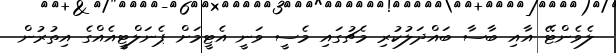
ލެވެންޓޭ އާއި ބާސާ ބައްދަލުކުރި މެޗުގައި މެސީ ވަނީ އެޓީމަށް ޕެނަލްޓީއެއްގެ އިތުރުން